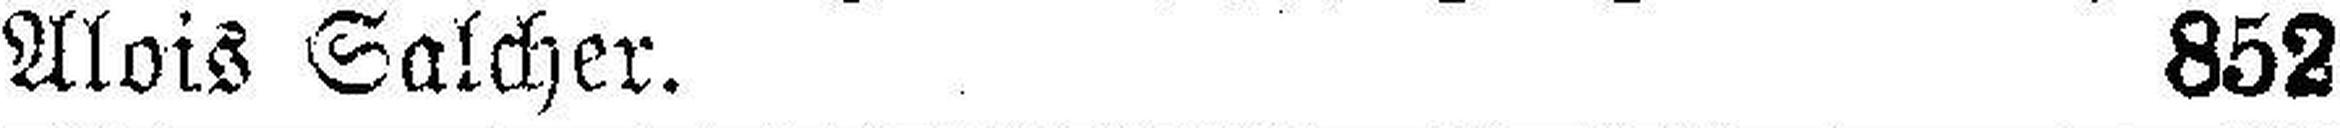
Alois Salcher. 852